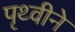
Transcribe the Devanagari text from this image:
पृथ्वीने